Civil Veterinary Dept. Bombay admin report 1907-1913 - 1907-1913
Year: 1907
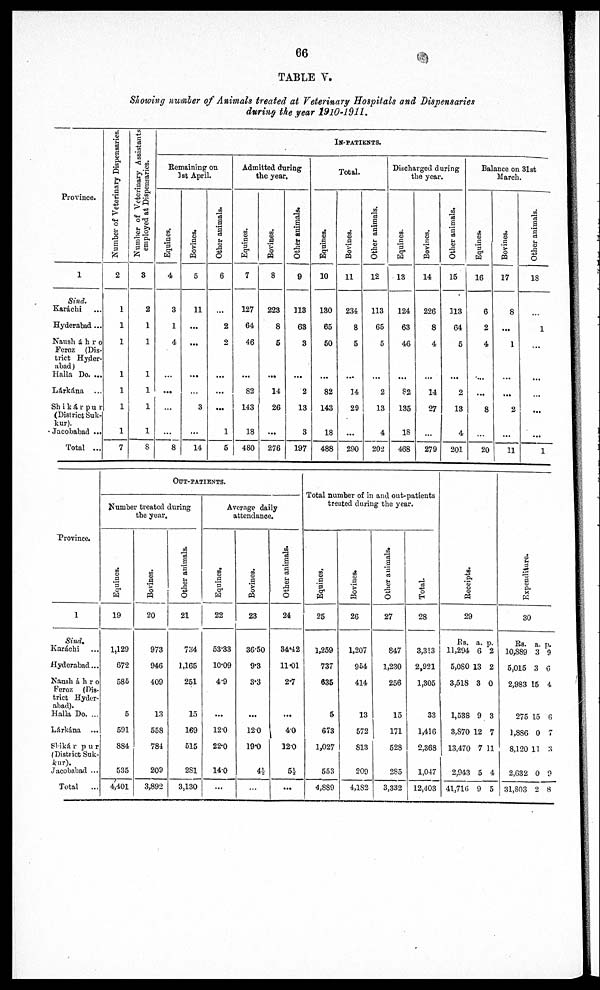
66
TABLE V.
Showing number of Animals treated at Veterinary Hospitals and Dispensaries
during the year 1910-1911.
Province.
1
Sind.
Karáchi ...
Hyderabad ...
Nausháhro
Feroz (Dis-
trict Hyder-
abad )
Halla Do. ...
Lárkána ...
Shikárpur
(District Suk-
kur).
Jacobabad ...
Total ...
Number of Veterinary Dispensaries.
2
1
1
1
1
1
1
1
7
Number of Veterinary Assistants
employed at Dispensaries.
3
2
1
1
1
1
1
1
8
IN-PATIENTS.
Remaining on
1st April.
Equines.
4
3
1
4
...
...
...
...
8
Bovines.
5
11
...
...
...
...
3
...
14
Other animals.
6
...
2
2
...
...
...
1
5
Admitted during
the year.
Equines.
7
127
64
46
...
82
143
18
480
Bovines.
8
223
8
5
...
14
26
...
276
Other animals.
9
313
63
3
...
2
13
3
197
Total.
Equines.
10
130
65
50
...
82
143
18
488
Bovines.
11
234
8
5
...
14
29
...
290
Other animals.
12
113
65
5
...
2
13
4
202
Discharged during
the year.
Equines.
13
124
63
46
...
82
135
18
468
Bovines.
14
226
8
4
...
14
27
...
279
Other animals.
15
313
64
5
...
2
13
4
201
Balance on 31st
March.
Equines.
16
6
2
4
...
...
8
...
20
Bovines.
17
8
...
1
...
...
2
...
11
Other animals.
18
...
1
...
...
...
...
...
1
Province.
1
Sind.
Karachi
Hyderabad...
Nausháhro
Feroz (Dis-
trict Hyder-
abad).
Halla Do. ...
Lárkána ...
Shikárpur
(District Suk-
kur).
Jacobabad ...
Total
...
OUT-PATIENTS.
Number treated during
the year.
Equines.
19
1,129
672
585
5
591
884
535
4,401
Bovines.
20
973
946
409
13
558
784
209
3,892
Other animals.
21
734
1,165
251
15
169
515
2S1
3,130
Average daily
attendance.
Equines.
22
53.33
10.09
4.9
...
12.0
22.0
14.0
...
Bovines.
23
36.50
9.3
3.3
...
120
19.0
4½
...
Other animals.
24
34.42
11.01
2.7
...
4.0
120
5½
...
Total number of in and out-patients
treated during the year.
Equines,
25
1,259
737
635
5
673
1,027
553
4,S89
Bovines.
26
1,207
954
414
13
572
813
209
4,132
Other animals.
27
847
1,230
256
15
171
528
285
3,332
Total.
28
3,313
2,921
1,305
33
1,416
2,368
1,047
12,403
Receipts.
29
Rs. a. p.
11,294 6 2
5,0S0 13 2
3,518 3 0
1,538 9 3
3,S70 12 7
13,470 7 11
2,943 5 4
41,716 9 5
Expenditure.
30
Rs. a. p.
10,889 3 9
5,015 3 6
2,983 15 4
275 15 6
1,886 0 7
8,120 11 3
2,632 0 9
31,803 2 8